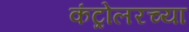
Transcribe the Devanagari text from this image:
कंट्रोलरच्या